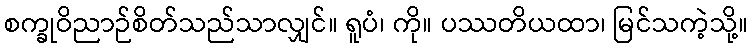
စက္ခုဝိညာဉ်စိတ်သည်သာလျှင်။ ရူပံ၊ ကို။ ပဿတိယထာ၊ မြင်သကဲ့သို့။